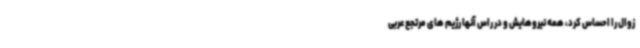
زوال را احساس کرد، همه نیروهایش و در راس آنها رژیم های مرتجع عربی